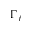
\Gamma _ { f }